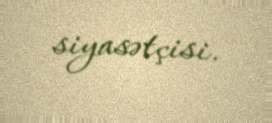
siyasətçisi.